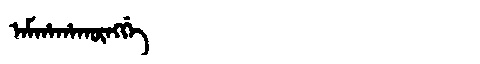
Manchu: ᠠᠮᡥᠠᡥᠠᡴᡡᠩᡤᡝ
Romanization: AMHAHAKŪNGGE